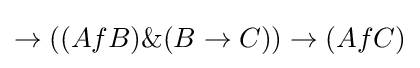
\rightarrow ((AfB)\&(B\rightarrow C))\rightarrow (AfC)